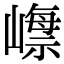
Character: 𡼺